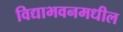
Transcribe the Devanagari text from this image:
विद्याभवनमधील